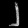
Digit: ၂